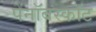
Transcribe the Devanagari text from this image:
पेनॉबस्कॉट